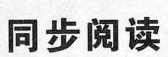
同步阅读